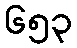
၆၅၃